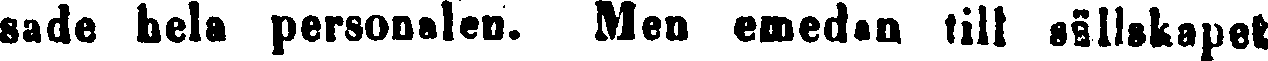
sade hela personalen. Men emedan till sällskapet